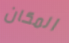
المكان